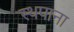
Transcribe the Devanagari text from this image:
स्थपाना